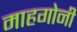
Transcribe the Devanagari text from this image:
माहगोनी